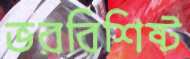
ভরবিশিষ্ট